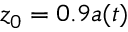
z _ { 0 } = 0 . 9 a ( t )